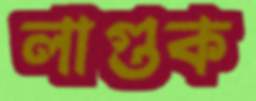
লাগুক